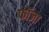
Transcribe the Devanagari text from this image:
फॉजा